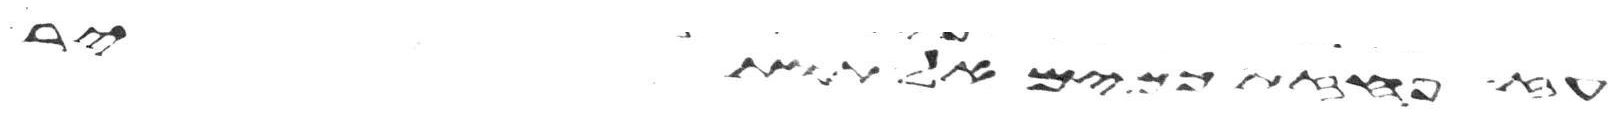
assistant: עז פחזת כמים אל תותיר